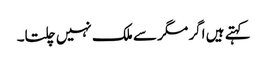
کہتے ہیں اگر مگر سے ملک نہیں چلتا۔